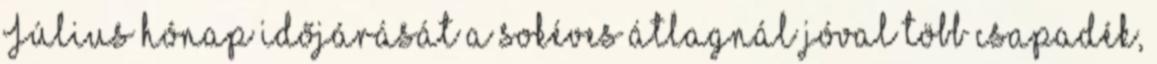
Július hónap időjárását a sokéves átlagnál jóval több csapadék,